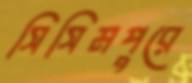
সিসিমপুরে